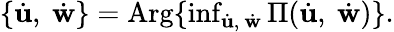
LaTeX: \begin{array}{r}{\lbrace\dot{\mathbf{u}},\ \dot{\mathbf{w}}\rbrace=\mathrm{Arg}\lbrace\operatorname*{inf}_{\dot{\mathbf{u}},\ \dot{\mathbf{w}}}\Pi(\dot{\mathbf{u}},\ \dot{\mathbf{w}})\rbrace.}\end{array}